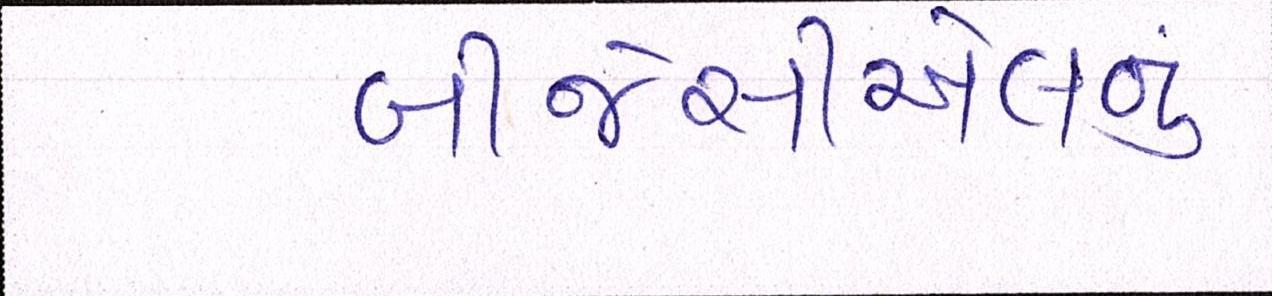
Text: બીજેસીએલનું